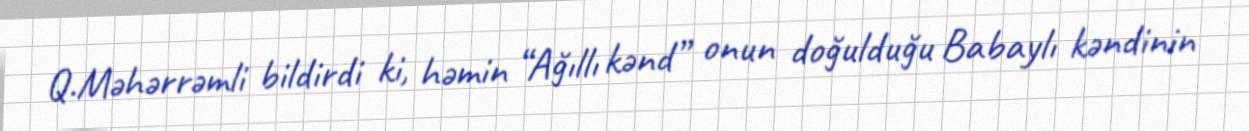
Q.Məhərrəmli bildirdi ki, həmin “Ağıllı kənd” onun doğulduğu Babaylı kəndinin